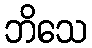
ဘိသေ